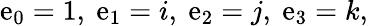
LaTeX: \mathrm{e}_{0}=1,\ \mathrm{e}_{1}=i,\ \mathrm{e}_{2}=j,\ \mathrm{e}_{3}=k,